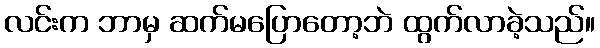
လင်းက ဘာမှ ဆက်မပြောတော့ဘဲ ထွက်လာခဲ့သည်။